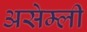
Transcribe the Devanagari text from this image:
असेम्ली